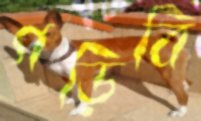
গড়িবি